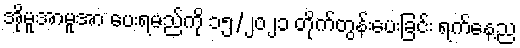
အိုမူအာမူအာ ပေးရမည်ကို ၁၅/၂၀၂၁ တိုက်တွန်းပေးခြင်း ရက်နေ့ည